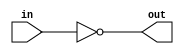
//`timescale 1ns / 1ps
//////////////////////////////////////////////////////////////////////////////////
// Company: 
// Engineer: 
// 
// Design Name: 
// Module Name: OscillatorModule
// Project Name: 
// Target Devices: 
// Tool Versions: 
// Description: 
// 
// Dependencies: 
// 
// Revision:
// Revision 0.01 - File Created
// Additional Comments:
// 
//////////////////////////////////////////////////////////////////////////////////

module inverter
	(
		input in,
		output out
	);
	
	assign out = ~in;
	
endmodule

module RingOscillatorModule 
	#(parameter N = 5)
	(
		input  en,
		
		output and_1
	);

	(* keep = "true" *) wire [N-1:0] notGate /* synthesis syn_keep=1 */;
	
	genvar i;
	generate
		assign and_1 = en & notGate[N-1];
		assign notGate[0] = ~and_1;
		for (i = 1; i < N; i = i +1) begin: inverter_chain
			inverter inv(notGate[i - 1], notGate[i]);
		end
	endgenerate
endmodule

module RingOscillatorBase 
	#(parameter N = 5)
	(
		input  en,
		
		output reg and_1   /*synthesis keep*/
	);
//
	(* dont_touch = "true" *) reg [N-1:0] notGate /* synthesis syn_keep=1 */;
	
	integer i;
	generate
	always @ (*) begin
			and_1 <= en & notGate[N-1];
			notGate[0] <= ~and_1;
			for (i = 1; i < N; i = i +1) begin: inverter_chain
				notGate[i] <= ~notGate[i - 1];
			end
	end
	endgenerate
endmodule

module OscillatorModule
	(
		input en,
		output run,
		output out3, out5, out7, out101, out1001, out4999, out1001_M
	);
	
	assign run = en;
	
	// RingOscillatorBase #(.N(3)) ring3(en, out3);
	// RingOscillatorBase #(.N(5)) ring5(en, out5);
	// RingOscillatorBase #(.N(7)) ring7(en, out7);
	// RingOscillatorBase #(.N(101)) ring101(en, out101);
	RingOscillatorBase #(.N(1001)) ring1001(en, out1001);
	RingOscillatorBase #(.N(4999)) ring4999(en, out4999);
	// RingOscillatorModule #(.N(1001)) ring1001_M(en, out1001_M);
endmodule